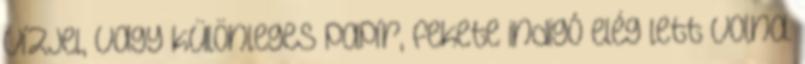
vízjel, vagy különleges papír, fekete indigó elég lett volna.